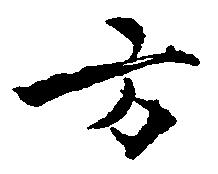
方